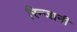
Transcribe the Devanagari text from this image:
रिन्जानी